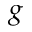
g